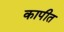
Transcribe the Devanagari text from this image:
कापीत